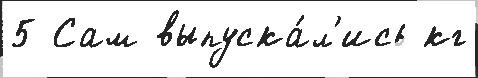
5 Сам выпуска́л'ись кг